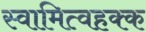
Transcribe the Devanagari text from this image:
स्वामित्वहक्क